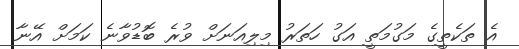
އެ ތަކެތީގެ މަގުމަތީ އަގު ހަތަރު މިލިއަނަށް ވުރެ ބޮޑުވާނެ ކަމަށް އޭނާ